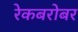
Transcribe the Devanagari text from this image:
रेकबरोबर